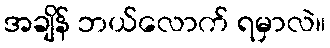
အချိန် ဘယ်လောက် ရမှာလဲ။